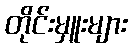
တိုင်းမှူးများ